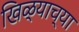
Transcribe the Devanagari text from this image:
खिळ्याच्या